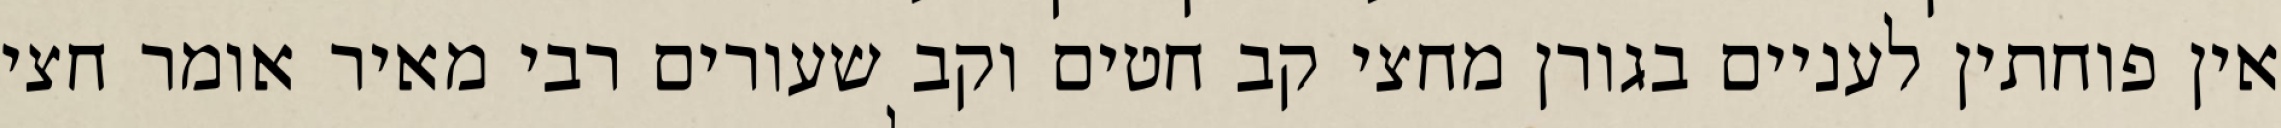
אין פוחתין לעניים בגורן מחצי קב חטים וקב שעורים רבי מאיר אומר חצי